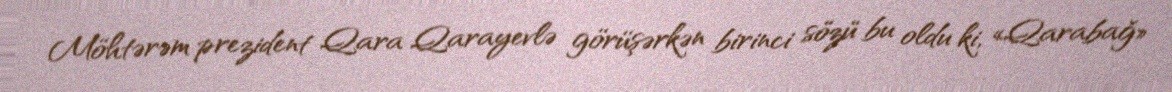
Möhtərəm prezident Qara Qarayevlə görüşərkən birinci sözü bu oldu ki, «Qarabağ»